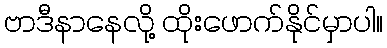
ဗာဒီနာနေလို့ ထိုးဖောက်နိုင်မှာပါ။